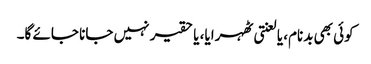
کوئی بھی بدنام، یا لعنتی ٹھہرایا، یا حقیر نہیں جانا جائے گا۔